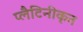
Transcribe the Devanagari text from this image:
प्लैटिनीकृत